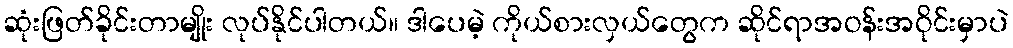
ဆုံးဖြတ်ခိုင်းတာမျိုး လုပ်နိုင်ပါတယ်။ ဒါပေမဲ့ ကိုယ်စားလှယ်တွေက ဆိုင်ရာအဝန်းအဝိုင်းမှာပဲ